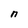
Character: n